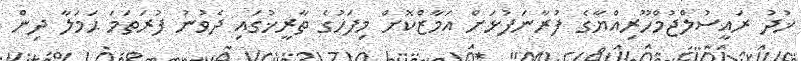
ޚުދު ރައީސުލްޖުމްހޫރިއްޔާގެ ފުރާނަފުޅަށް އަމާޒްކޮށް މިފަހުގެ ތާރީޚުގައި ދެވުނު ފުރަތަމަ ޙަމަލާ ދިން